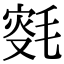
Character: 𣮸